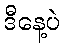
ဒီနေ့ပဲ